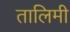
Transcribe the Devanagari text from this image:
तालिमी